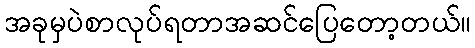
အခုမှပဲစာလုပ်ရတာအဆင်ပြေတော့တယ်။